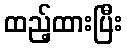
ထည့်ထားပြီး